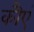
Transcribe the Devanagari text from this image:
कौएं